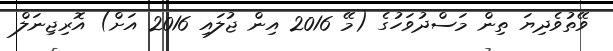
ވޭތުވެދިޔަ ތިން މަސްދުވަހުގެ (މޭ 2016 އިން ޖުލައި 2016 އަށް) އޮރިޖިނަލް